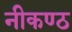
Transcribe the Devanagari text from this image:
नीकण्ठ